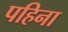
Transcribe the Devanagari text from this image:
पहिना